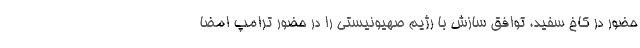
حضور در کاخ سفید، توافق سازش با رژیم صهیونیستی را در حضور ترامپ امضا